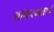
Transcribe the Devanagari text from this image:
शांकरमताचं